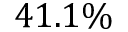
4 1 . 1 \%